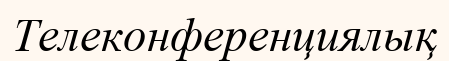
Телеконференциялық